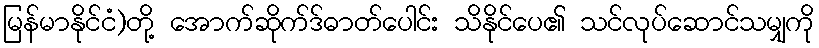
မြန်မာနိုင်ငံ)တို့ အောက်ဆိုက်ဒ်ဓာတ်ပေါင်း သိနိုင်ပေ၏ သင်လုပ်ဆောင်သမျှကို